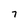
Character: 7